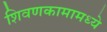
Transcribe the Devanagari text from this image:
शिवणकामामध्ये